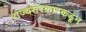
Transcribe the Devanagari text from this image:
राज्यसरकारकडून